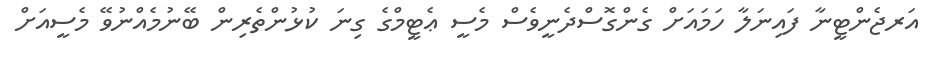
އަރޖެންޓީނާ ފައިނަލާ ހަމައަށް ގެންގޮސްދެނީވެސް މެސީ ޢެޓީމްގެ ގިނަ ކުޅުންތެރިން ބޭނުމެއްނުވޭ މެސީއަށް